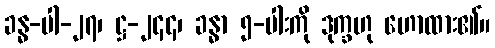
ခန္ဓ-ပါ-၂၇၊ ဋ္ဌ-၂၄၄၊ ခန္ဓာ ၅-ပါးကို ဒုက္ခဟု ဟောထား၏။